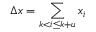
\Delta x = \sum _ { k < i \leq k + u } x _ { i }